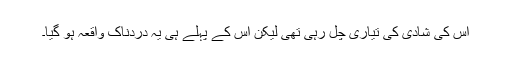
اس کی شادی کی تیاری چل رہی تھی لیکن اس کے پہلے ہی یہ دردناک واقعہ ہو گیا۔